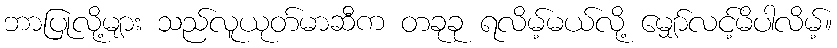
ဘာပြုလို့များ သည်လူယုတ်မာဆီက တခုခု ရလိမ့်မယ်လို့ မျှော်လင့်မိပါလိမ့်။